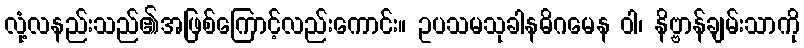
လုံ့လနည်းသည်၏အဖြစ်ကြောင့်လည်းကောင်း။ ဥပသမသုခါနဓိဂမေန ဝါ၊ နိဗ္ဗာန်ချမ်းသာကို